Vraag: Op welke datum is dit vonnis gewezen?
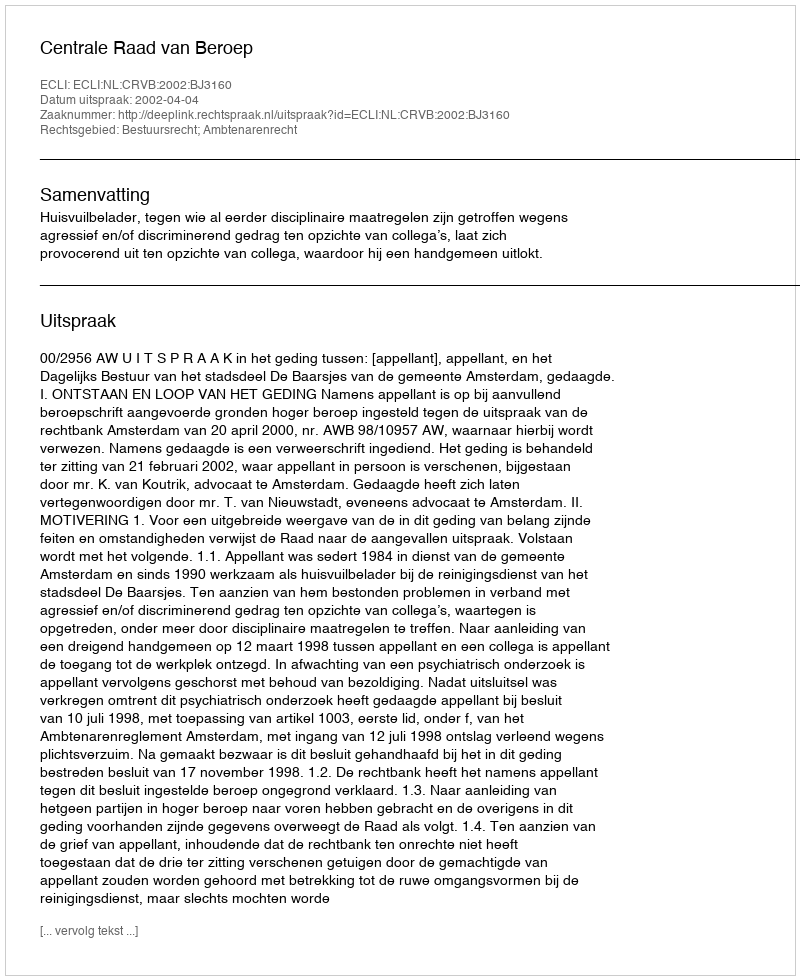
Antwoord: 2002-04-04